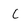
Character: C